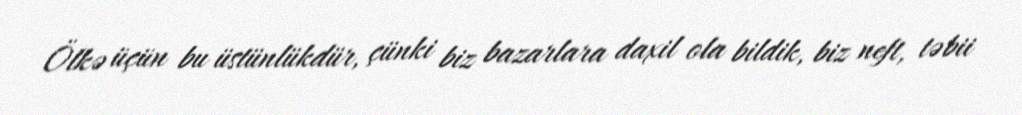
Ölkə üçün bu üstünlükdür, çünki biz bazarlara daxil ola bildik, biz neft, təbii